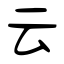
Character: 云